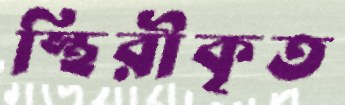
স্থিরীকৃত